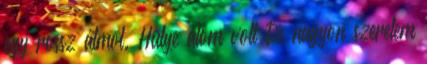
egy rossz álmot. Hülye álom volt De nagyon szeretem